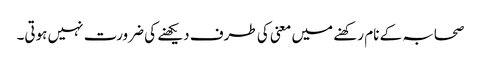
صحابہ کے نام رکھنے میں معنی کی طرف دیکھنے کی ضرورت نہیں ہوتی۔